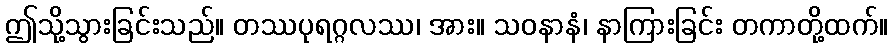
ဤသို့သွားခြင်းသည်။ တဿပုရဂ္ဂလဿ၊ အား။ သဝနာနံ၊ နာကြားခြင်း တကာတို့ထက်။